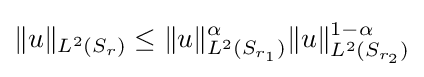
\|u\|_{L^{2}(S_{r})}\leq \|u\|_{L^{2}(S_{r_{1}})}^{\alpha }\|u\|_{L^{2}(S_{r_{2}})}^{1-\alpha }